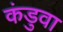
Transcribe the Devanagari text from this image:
कंडुवा